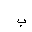
Letter: _ba